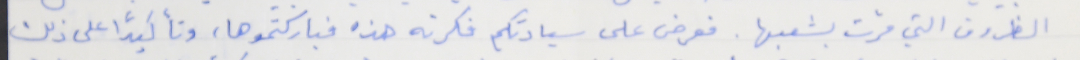
الظروف التي مرت بشعبها. فعرض على سيادتكم فكرته هذه فباركتموها، وتأكيداً على ذلك